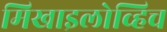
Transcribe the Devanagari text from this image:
मिखाइलोव्हिच